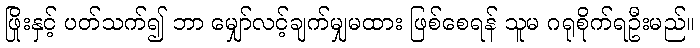
ဖြိုးနှင့် ပတ်သက်၍ ဘာ မျှော်လင့်ချက်မျှမထား ဖြစ်စေရန် သူမ ဂရုစိုက်ရဦးမည်။